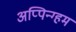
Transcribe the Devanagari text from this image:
अप्पिन्ग्हम